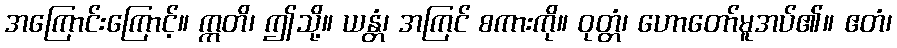
အကြောင်းကြောင့်။ ဣတိ၊ ဤသို့။ ယန္တံ၊ အကြင် စကားကို။ ဝုတ္တံ၊ ဟောတော်မူအပ်၏။ ဧတံ၊